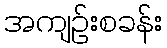
အကျဉ်းစခန်း